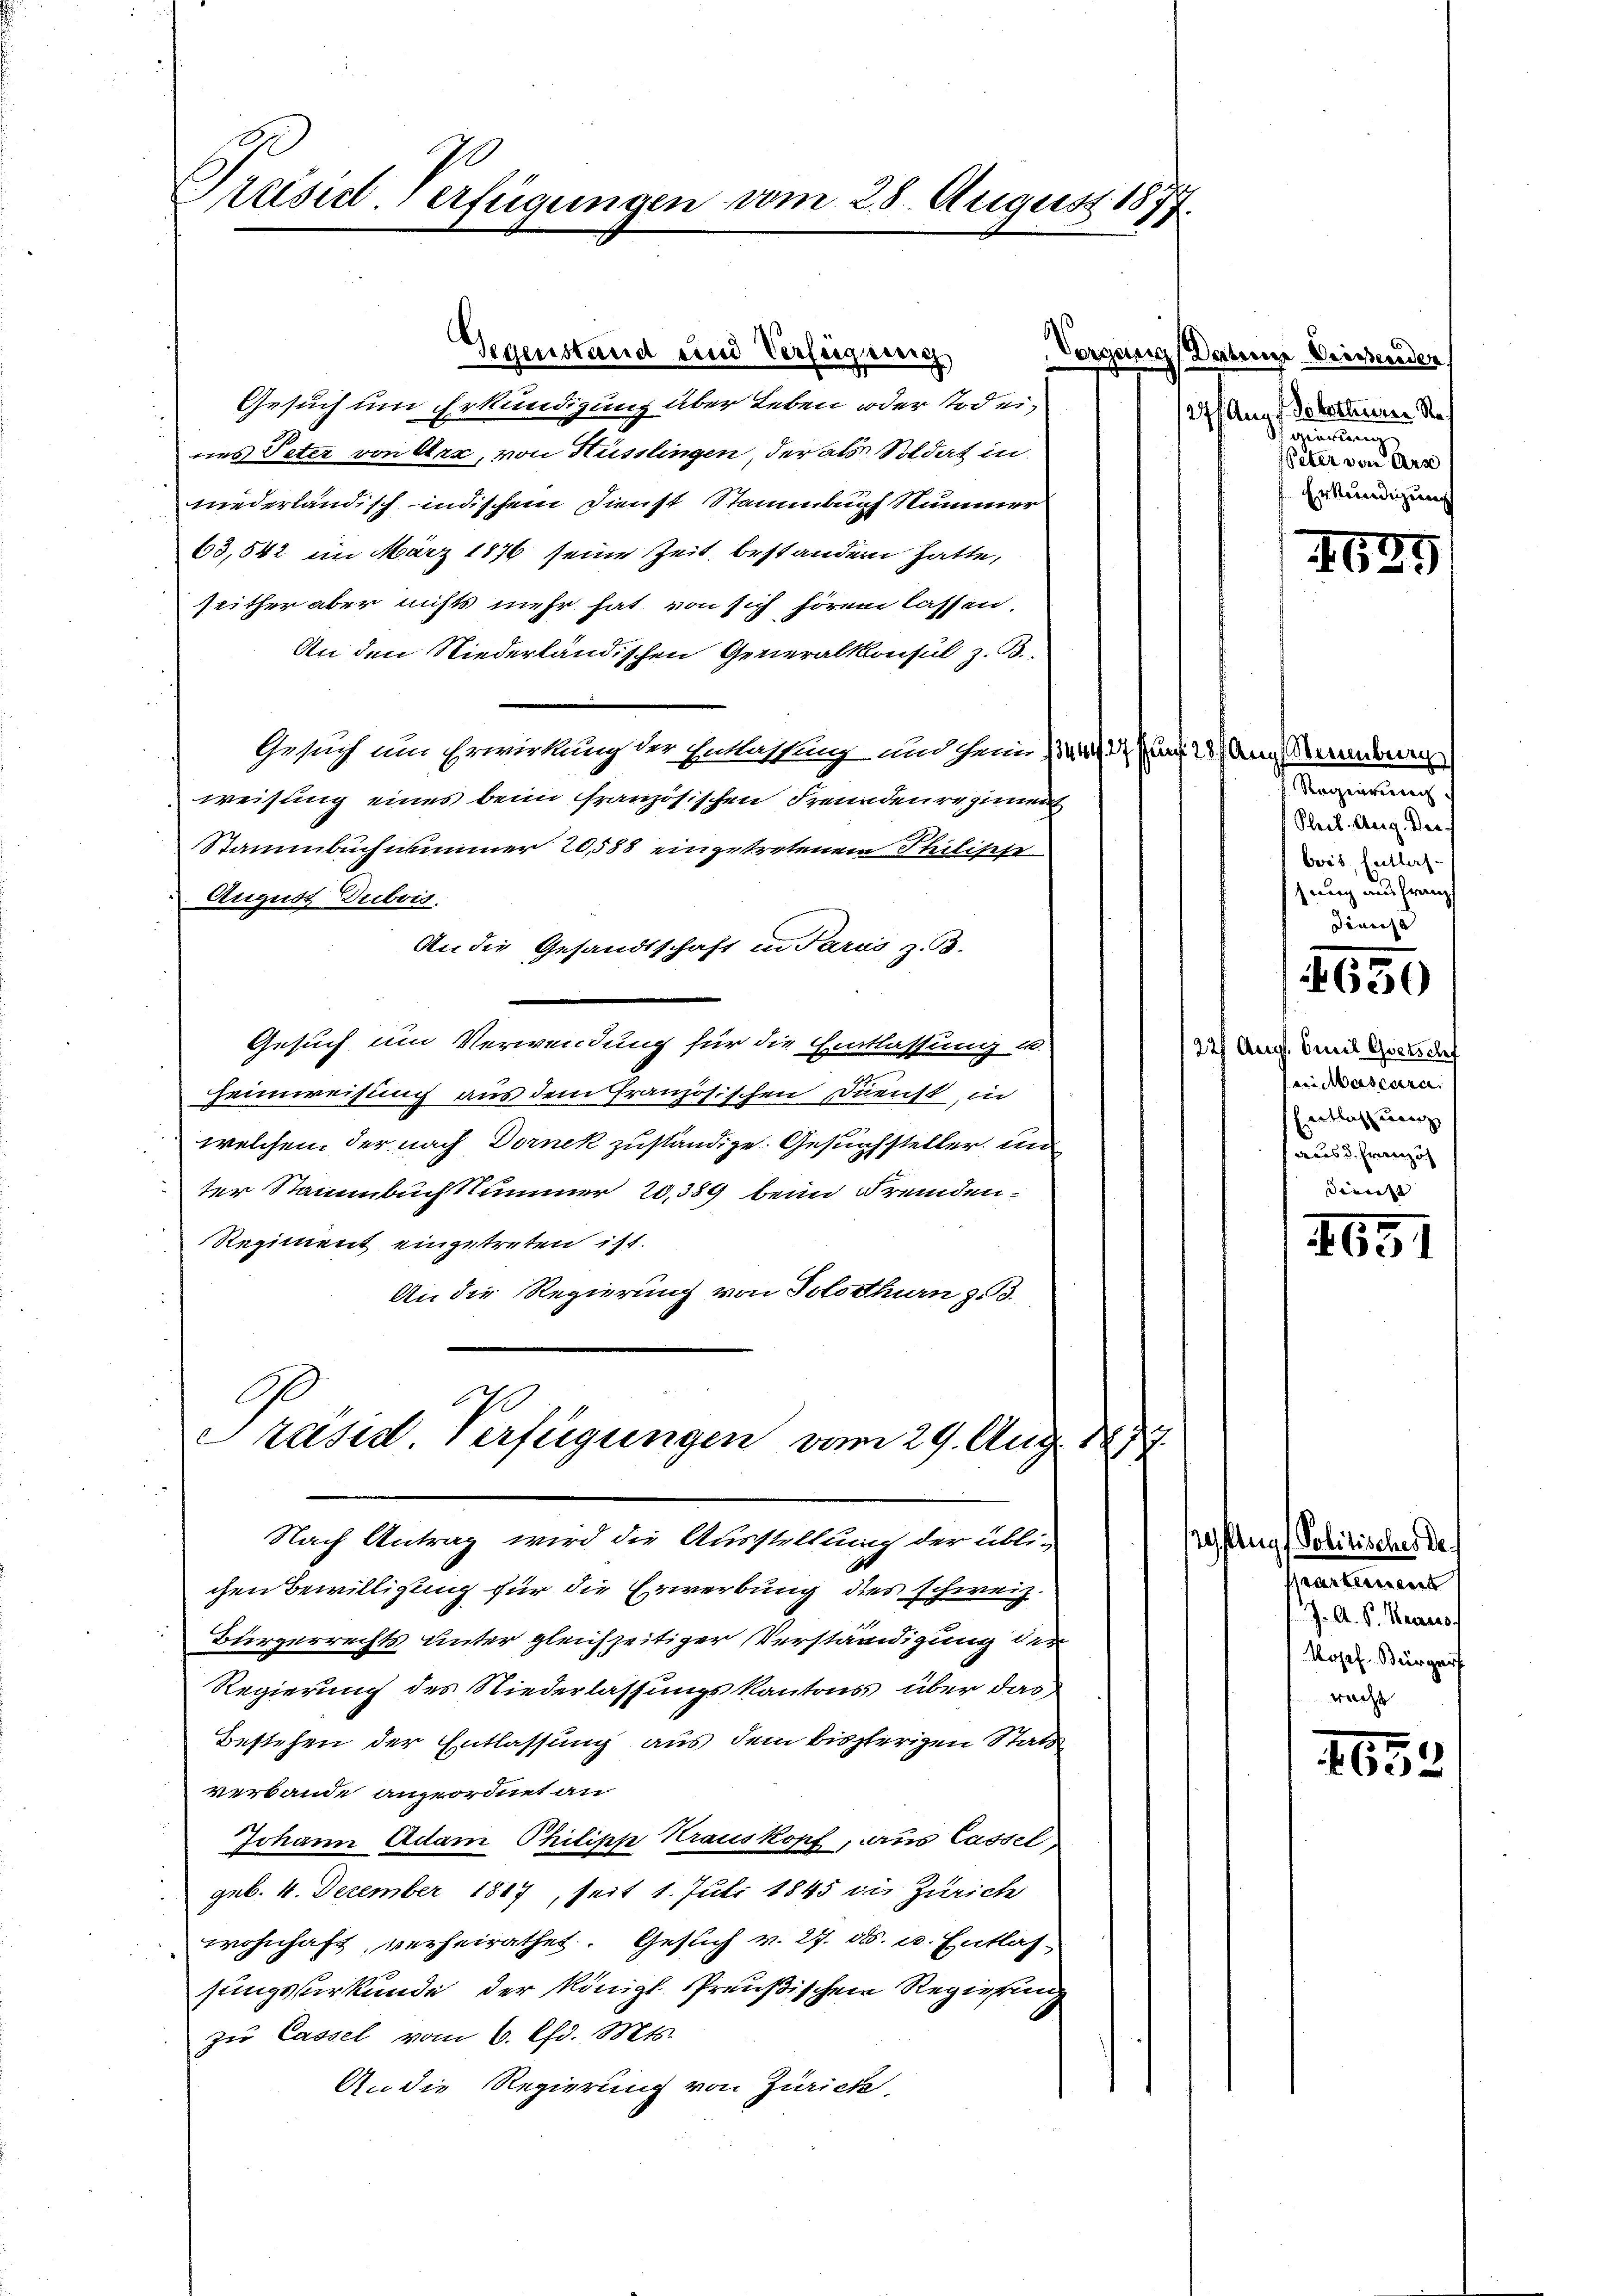
Preiserl. Verfügungen vom 25. August 1877.

Gegenstand und Verfügung

Gesuch um Erkundigung über Leben oder Tod eines Peter von Arx, von Hüsslingen, der als Soldat in
niederländisch indischem Dienst Stammburg Nummer
63,542 im März 1876 seine Zeit bestanden hatte,
seither aber nichts mehr hat von sich hören lassen.
An den Niederländischen Generalkonsul z. B.
Gesuch um Erwirkung der Entlassung und heim 13. 1 Pf. 28 Aug. Ambrie
weisung eines beim französischen Freunden regiment
Stammbuch nimmer 20,588 eingetretenem Philische
August Dubois.
An die Gesandtschaft in Parus z. B.
Gesuch um Verwendung für die Eintlassung u.
Heimweisung aus dem Französischen Dienst, in
welchem der nach Dornek zuständige. Gesuchsteller und
ter Stammbuch Nummer 20,389 beim Fremden-
Regiment eingetreten ist.
An die Regierung von Solothurn zu.
.
räsd Verfügungen vom 29. Aug. 1877.

Nach Antrag wird die Ausstellung der üblichen Bewilligung für die Erwerbung dies schweiz.
Bürgerrechts unter gleichzeitiger Verständigung der
Regierung des Niederlassungskantons über das
Bestehen der Entlassung aus dem bisherigen Statt
verbande angeordnet an
Johann Adam Philipp Krauskopf, aus Cassel
geb. 4. Dezember 1817, seit 1. Juli 1845 die Zürich
wohnhaft, verheirathet. Gesuch v. 27. d. u. Entlas-
sungsverkunde der Königl. Preußischen Regierung
zŭ Cassel vom 6. Chr. Mts.
An die Regierung von Zürich,

Vorgang Datene Weisender
27f Anna Gobetteurer Re¬
Schmierten
Peter von Arr
Erkundigung

1631

Regierung.
Pleit. Aug. Ver-
bois, Entlas-
hrung aus franz
Transa
650
227 Aug. mit Guetschf
ein Mascara
Entlassung
deaus d. Französ.
dienst |

1651

tug Politisches de
partement
J. A. R. Recess
Josef Bürger
wacht

1653